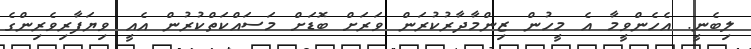
ލިބެނީ. އެހެންވީމާ އެ މީހުން ޒިންމާދާރުކުރަން ވަރަށް ބޮޑަށް މަސައްކަތްކުރުން އެއީ ވިޔަފާރިވެރިންގެ